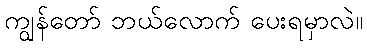
ကျွန်တော် ဘယ်လောက် ပေးရမှာလဲ။